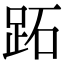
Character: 跖